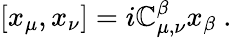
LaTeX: [x_{\mu},x_{\nu}]=i\mathbb{C}_{\mu,\nu}^{\beta}x_{\beta}~.